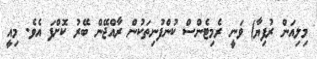
މިލިއަން ރުފިޔާ) ވަނީ ރެމިޓެންސް ކުންފުނިތަކުން ރާއްޖޭން ބޭރު ކޮށްފަ އެވެ. މިއީ